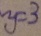
y = 3